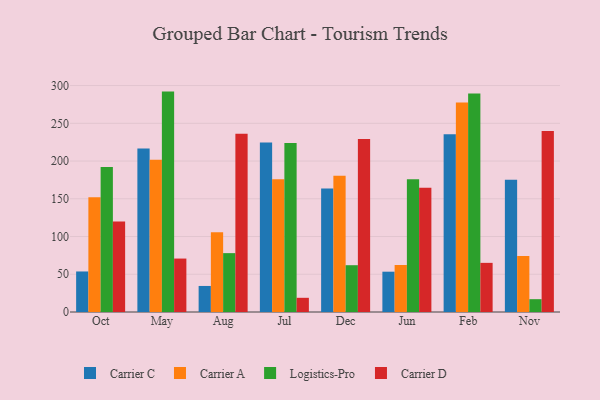
{"axis": {"x": "Month", "y": "Operating Costs (USD K)"}, "legend": ["Carrier A", "Carrier C", "Carrier D", "Logistics-Pro"], "data": [{"x": "Oct", "y": 53.7, "type": "Carrier C"}, {"x": "Oct", "y": 152.1, "type": "Carrier A"}, {"x": "Oct", "y": 192.2, "type": "Logistics-Pro"}, {"x": "Oct", "y": 119.8, "type": "Carrier D"}, {"x": "May", "y": 216.5, "type": "Carrier C"}, {"x": "May", "y": 201.6, "type": "Carrier A"}, {"x": "May", "y": 292.0, "type": "Logistics-Pro"}, {"x": "May", "y": 70.8, "type": "Carrier D"}, {"x": "Aug", "y": 34.5, "type": "Carrier C"}, {"x": "Aug", "y": 105.8, "type": "Carrier A"}, {"x": "Aug", "y": 78.0, "type": "Logistics-Pro"}, {"x": "Aug", "y": 236.3, "type": "Carrier D"}, {"x": "Jul", "y": 224.7, "type": "Carrier C"}, {"x": "Jul", "y": 175.9, "type": "Carrier A"}, {"x": "Jul", "y": 224.0, "type": "Logistics-Pro"}, {"x": "Jul", "y": 18.8, "type": "Carrier D"}, {"x": "Dec", "y": 163.5, "type": "Carrier C"}, {"x": "Dec", "y": 180.6, "type": "Carrier A"}, {"x": "Dec", "y": 62.0, "type": "Logistics-Pro"}, {"x": "Dec", "y": 229.3, "type": "Carrier D"}, {"x": "Jun", "y": 53.4, "type": "Carrier C"}, {"x": "Jun", "y": 62.3, "type": "Carrier A"}, {"x": "Jun", "y": 175.9, "type": "Logistics-Pro"}, {"x": "Jun", "y": 164.5, "type": "Carrier D"}, {"x": "Feb", "y": 235.5, "type": "Carrier C"}, {"x": "Feb", "y": 277.5, "type": "Carrier A"}, {"x": "Feb", "y": 289.6, "type": "Logistics-Pro"}, {"x": "Feb", "y": 65.1, "type": "Carrier D"}, {"x": "Nov", "y": 175.3, "type": "Carrier C"}, {"x": "Nov", "y": 74.2, "type": "Carrier A"}, {"x": "Nov", "y": 17.0, "type": "Logistics-Pro"}, {"x": "Nov", "y": 239.7, "type": "Carrier D"}]}